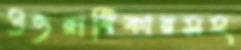
উত্তরাধিকারসহ